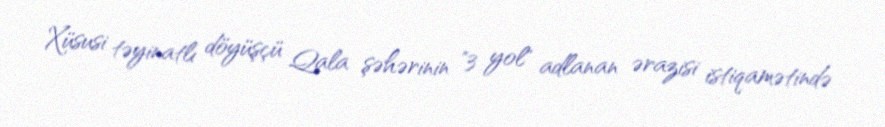
Xüsusi təyinatlı döyüşçü Qala şəhərinin "3 yol" adlanan ərazisi istiqamətində